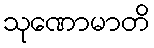
သုဏောမာတိ